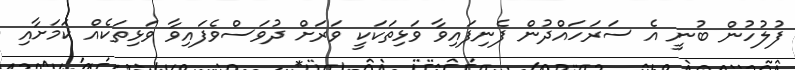
ފުލުހުން ބުނީ އެ ސަރަހައްދުން ފެނިފައިވާ ވަޅިތަކަކީ ވަރަށް ދުވަސްވެފައިވާ ވަޅިތަކެއް ކަމަށާއި